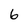
Character: 6